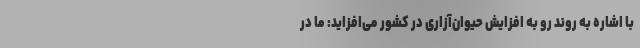
با اشاره به روند رو به افزایش حیوان‌آزاری در کشور می‌افزاید: ما در